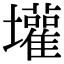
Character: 壦